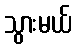
သွားမယ်